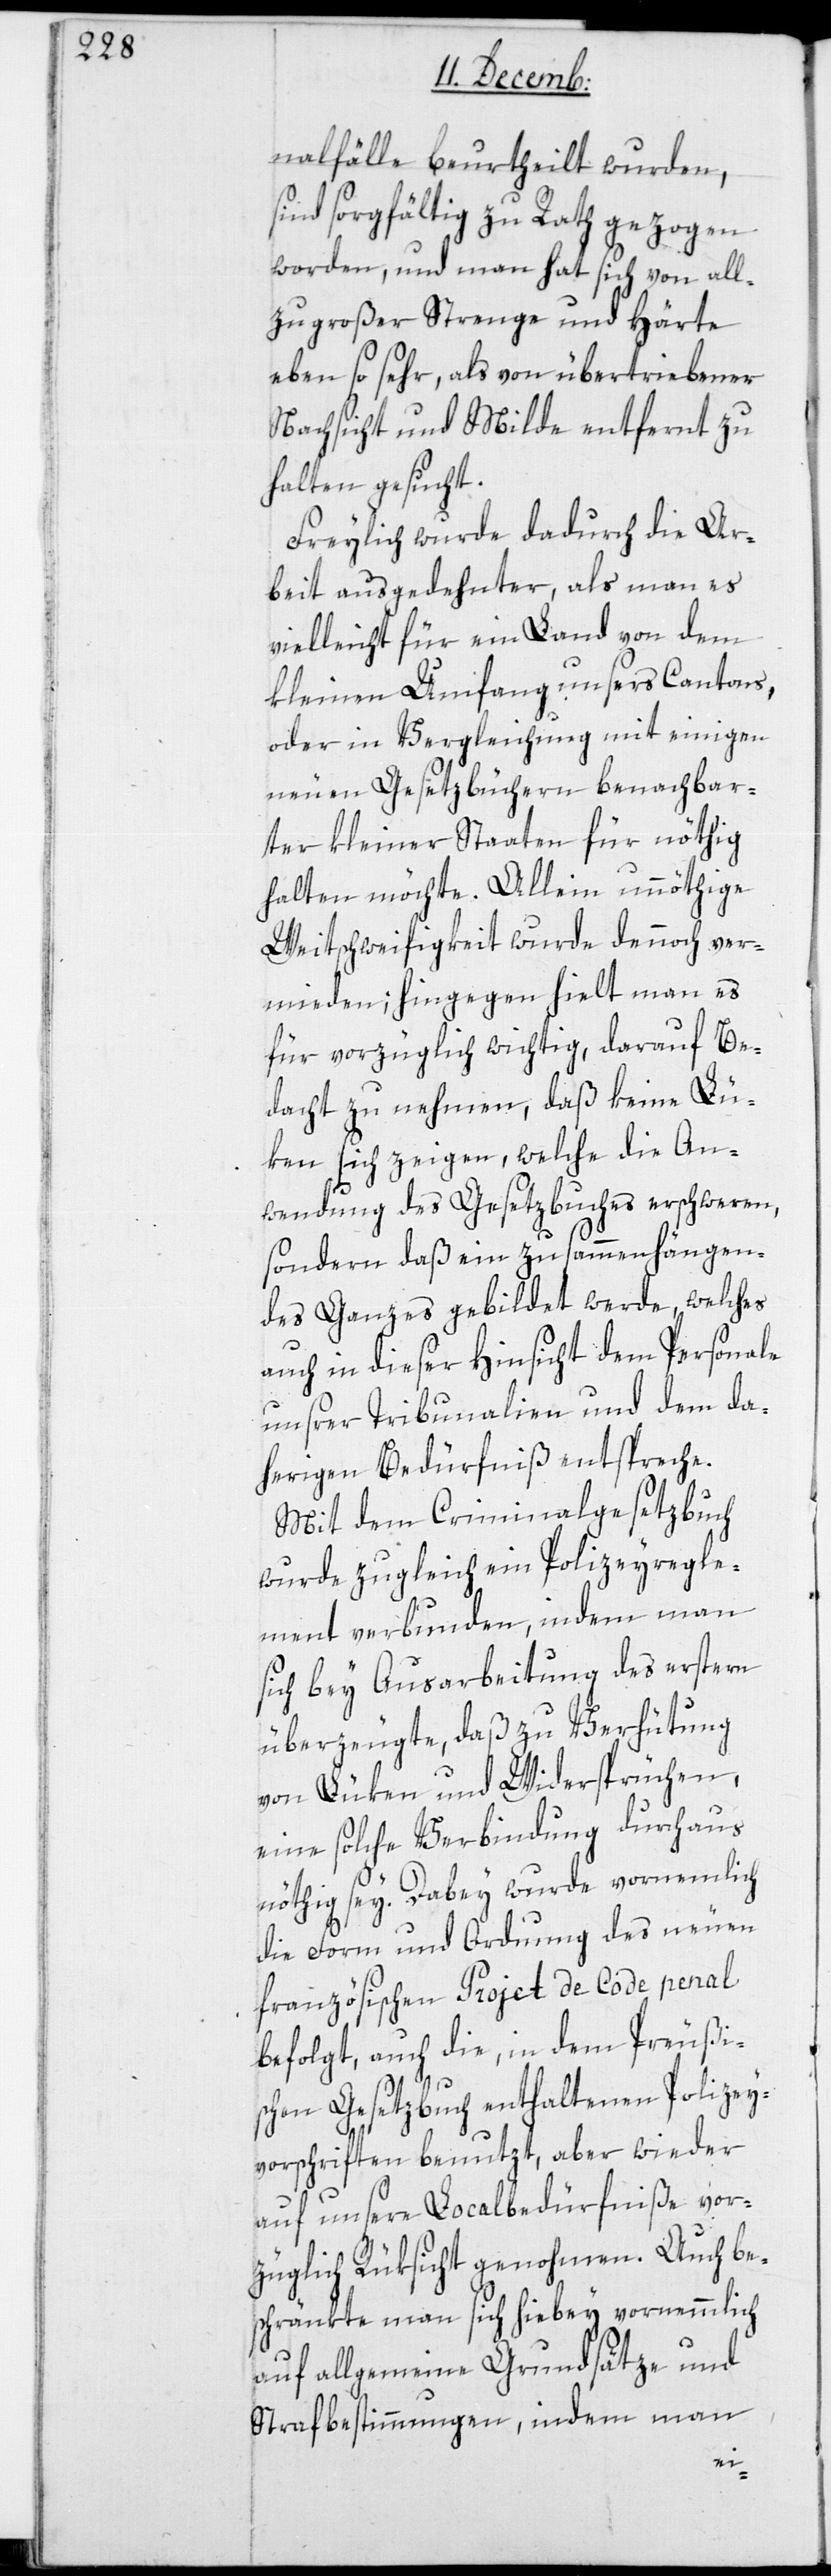
nalfälle beurtheilt wurden,
sind sorgfältig zu Rath gezogen
worden, und man hat sich von all¬
zu großer Strenge und Härte
eben so sehr, als von übertriebener
Nachsicht und Milde entfernt zu
halten gesucht.
Freylich wurde dadurch die Ar¬
beit ausgedehnter, als man es
vielleicht für ein Land von dem
kleinen Umfang unsers Cantons,
oder in Vergleichung mit einigen
neuen Gesetzbüchern benachbar¬
ter kleiner Staaten für nöthig
halten möchte. Allein unnöthige
Weitschweifigkeit wurde dennoch ver¬
mieden; hingegen hielt man es
für vorzüglich wichtig, darauf Be¬
dacht zu nehmen, daß keine Lü¬
ken sich zeigen, welche die An¬
wendung des Gesetzbuches erschweren,
sondern daß ein zusammenhängen¬
des Ganzes gebildet werde, welches
auch in dieser Hinsicht dem Personale
unsrer Tribunalien und dem da¬
herigen Bedürfniß entspreche.
Mit dem Criminalgesetzbuch
wurde zugleich ein Polizeyregle¬
ment verbunden, indem man
sich bey Ausarbeitung des erstern
überzeugte, daß zu Verhütung
von Lüken und Widersprüchen,
eine solche Verbindung durchaus
nöthig sey. Dabei wurde vornehmlich
die Form und Ordnung des neuen
Französischen Projet de Code penal
befolgt, auch die, in dem Preußi¬
schen Gesetzbuch enthaltenen Polizey¬
vorschriften benuzt, aber wieder
auf unsere Localbedürfniße vor¬
züglich Rüksicht genohmen. Auch be¬
schränkte man sich hiebey vornehmlich
auf allgemeine Grundsätze und
Strafbestimmungen, indem man